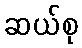
ဆယ်စု